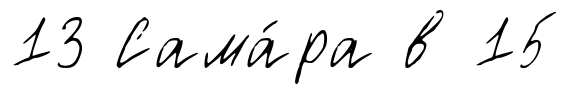
13 Сама́ра в 15